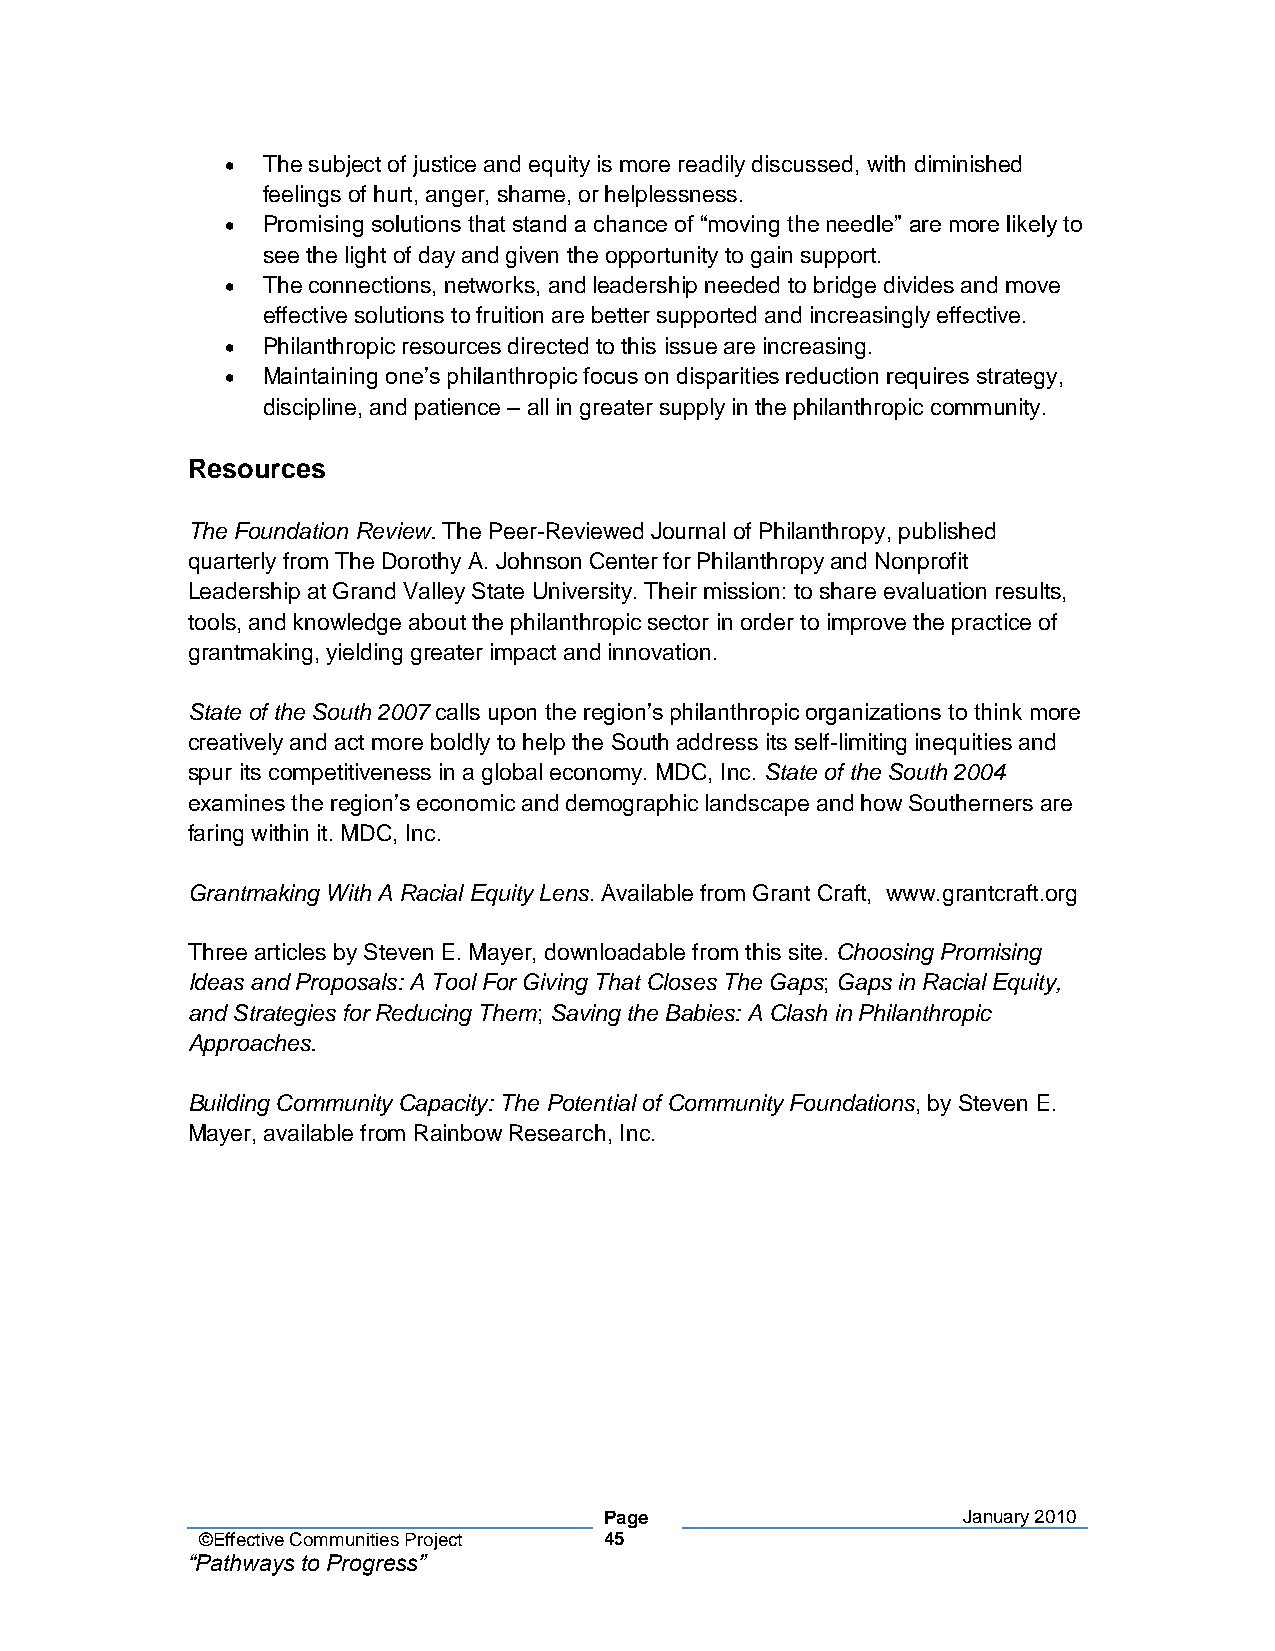
• The subject of justice and equity is more readily discussed, with diminished
 feelings of hurt, anger, shame, or helplessness.
 • Promising solutions that stand a chance of “moving the needle” are more likely to
 see the light of day and given the opportunity to gain support.
 • The connections, networks, and leadership needed to bridge divides and move
 effective solutions to fruition are better supported and increasingly effective.
 • Philanthropic resources directed to this issue are increasing.
 • Maintaining one’s philanthropic focus on disparities reduction requires strategy,
 discipline, and patience – all in greater supply in the philanthropic community.
 Resources
 The Foundation Review. The Peer-Reviewed Journal of Philanthropy, published
 quarterly from The Dorothy A. Johnson Center for Philanthropy and Nonprofit
 Leadership at Grand Valley State University. Their mission: to share evaluation results,
 tools, and knowledge about the philanthropic sector in order to improve the practice of
 grantmaking, yielding greater impact and innovation.
 State of the South 2007 calls upon the region’s philanthropic organizations to think more
 creatively and act more boldly to help the South address its self-limiting inequities and
 spur its competitiveness in a global economy. MDC, Inc. State of the South 2004
 examines the region’s economic and demographic landscape and how Southerners are
 faring within it. MDC, Inc.
 Grantmaking With A Racial Equity Lens. Available from Grant Craft, www.grantcraft.org
 Three articles by Steven E. Mayer, downloadable from this site. Choosing Promising
 Ideas and Proposals: A Tool For Giving That Closes The Gaps; Gaps in Racial Equity,
 and Strategies for Reducing Them; Saving the Babies: A Clash in Philanthropic
 Approaches.
 Building Community Capacity: The Potential of Community Foundations, by Steven E.
 Mayer, available from Rainbow Research, Inc.
 Page                    January 2010
 ©Effective Communities Project 45
 “Pathways to Progress”